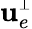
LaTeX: {\mathbf u}_{e}^{\scriptscriptstyle\perp}